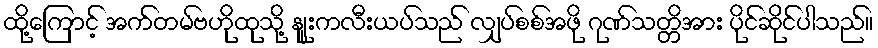
ထို့ကြောင့် အက်တမ်ဗဟိုထုသို့ နျူးကလီးယပ်သည် လျှပ်စစ်အဖို ဂုဏ်သတ္တိအား ပိုင်ဆိုင်ပါသည်။